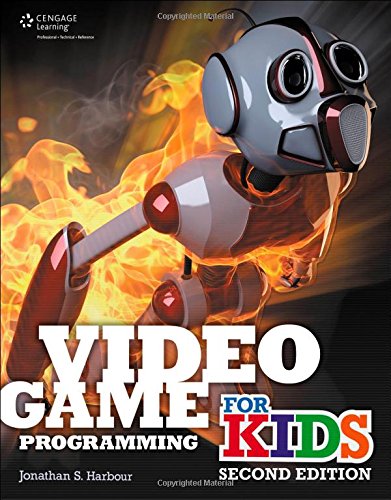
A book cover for Video Game Programming for Kids; Jonathan S. Harbour; Computers & Technology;